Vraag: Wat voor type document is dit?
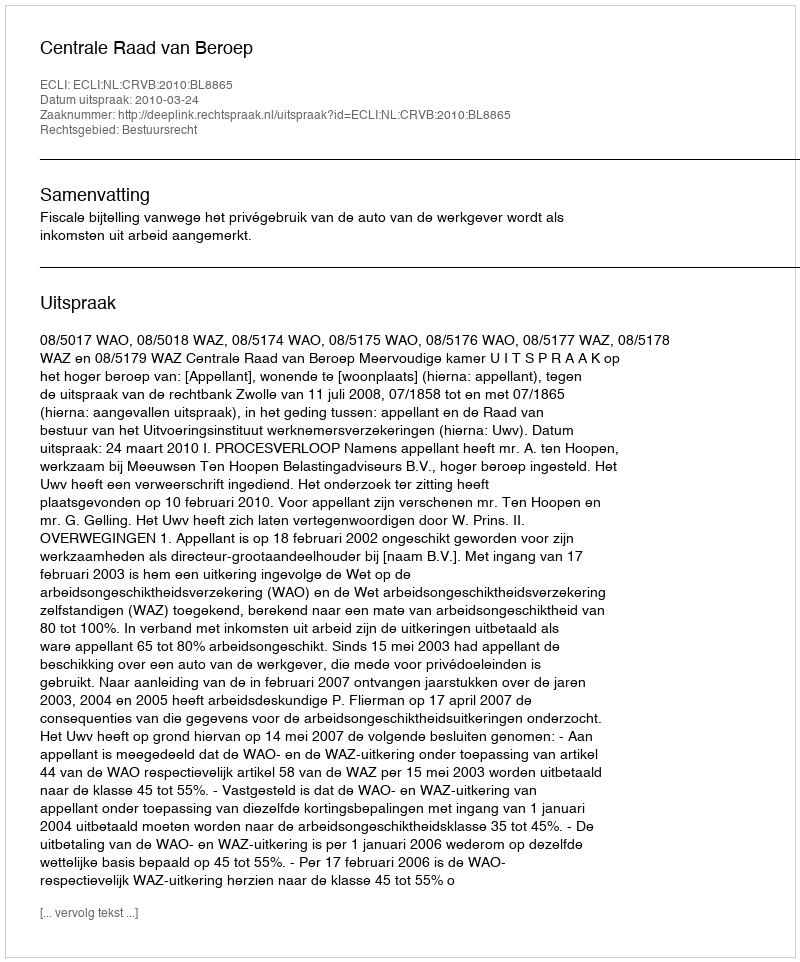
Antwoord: Uitspraak